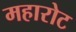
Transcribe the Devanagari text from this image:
महारोट